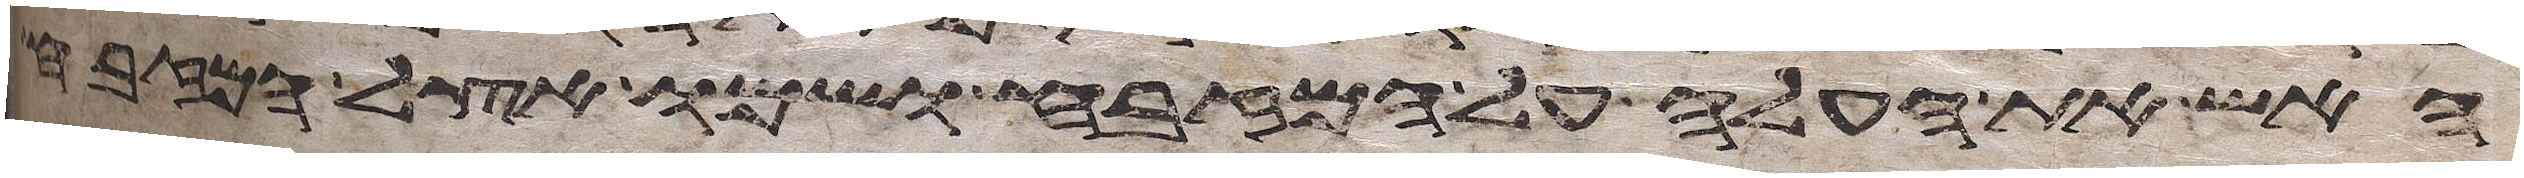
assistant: האש את העלה על המזבח ושמו אצל המזבח